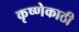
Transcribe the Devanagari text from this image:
कृष्णेकाठी